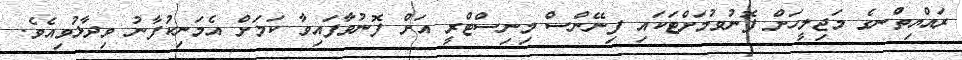
ރައްޔިތުްނގެ މަޖިލީހަށް ފޮނުވުމަށްޓަކައި ފިނޭންސް މިނިސްޓްރީ އަށް ފޮނުވާފައިވާ ކަަމަށް އެމަނިކުފާނު ވިދާޅުވިއެވެ.